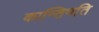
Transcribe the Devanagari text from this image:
कान्तिमति